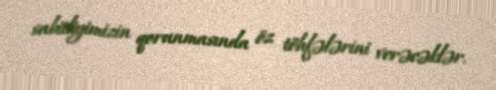
sabitliyimizin qorunmasında öz töhfələrini verəcəklər.